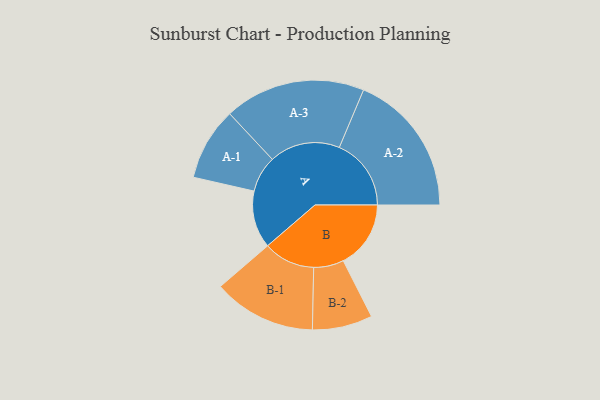
{"axis": {"x": "Segment", "y": "Value"}, "legend": ["", "A", "B"], "data": [{"x": "A", "y": 225, "type": ""}, {"x": "B", "y": 265, "type": ""}, {"x": "A-1", "y": 143, "type": "A"}, {"x": "A-2", "y": 282, "type": "A"}, {"x": "A-3", "y": 277, "type": "A"}, {"x": "B-1", "y": 202, "type": "B"}, {"x": "B-2", "y": 118, "type": "B"}]}